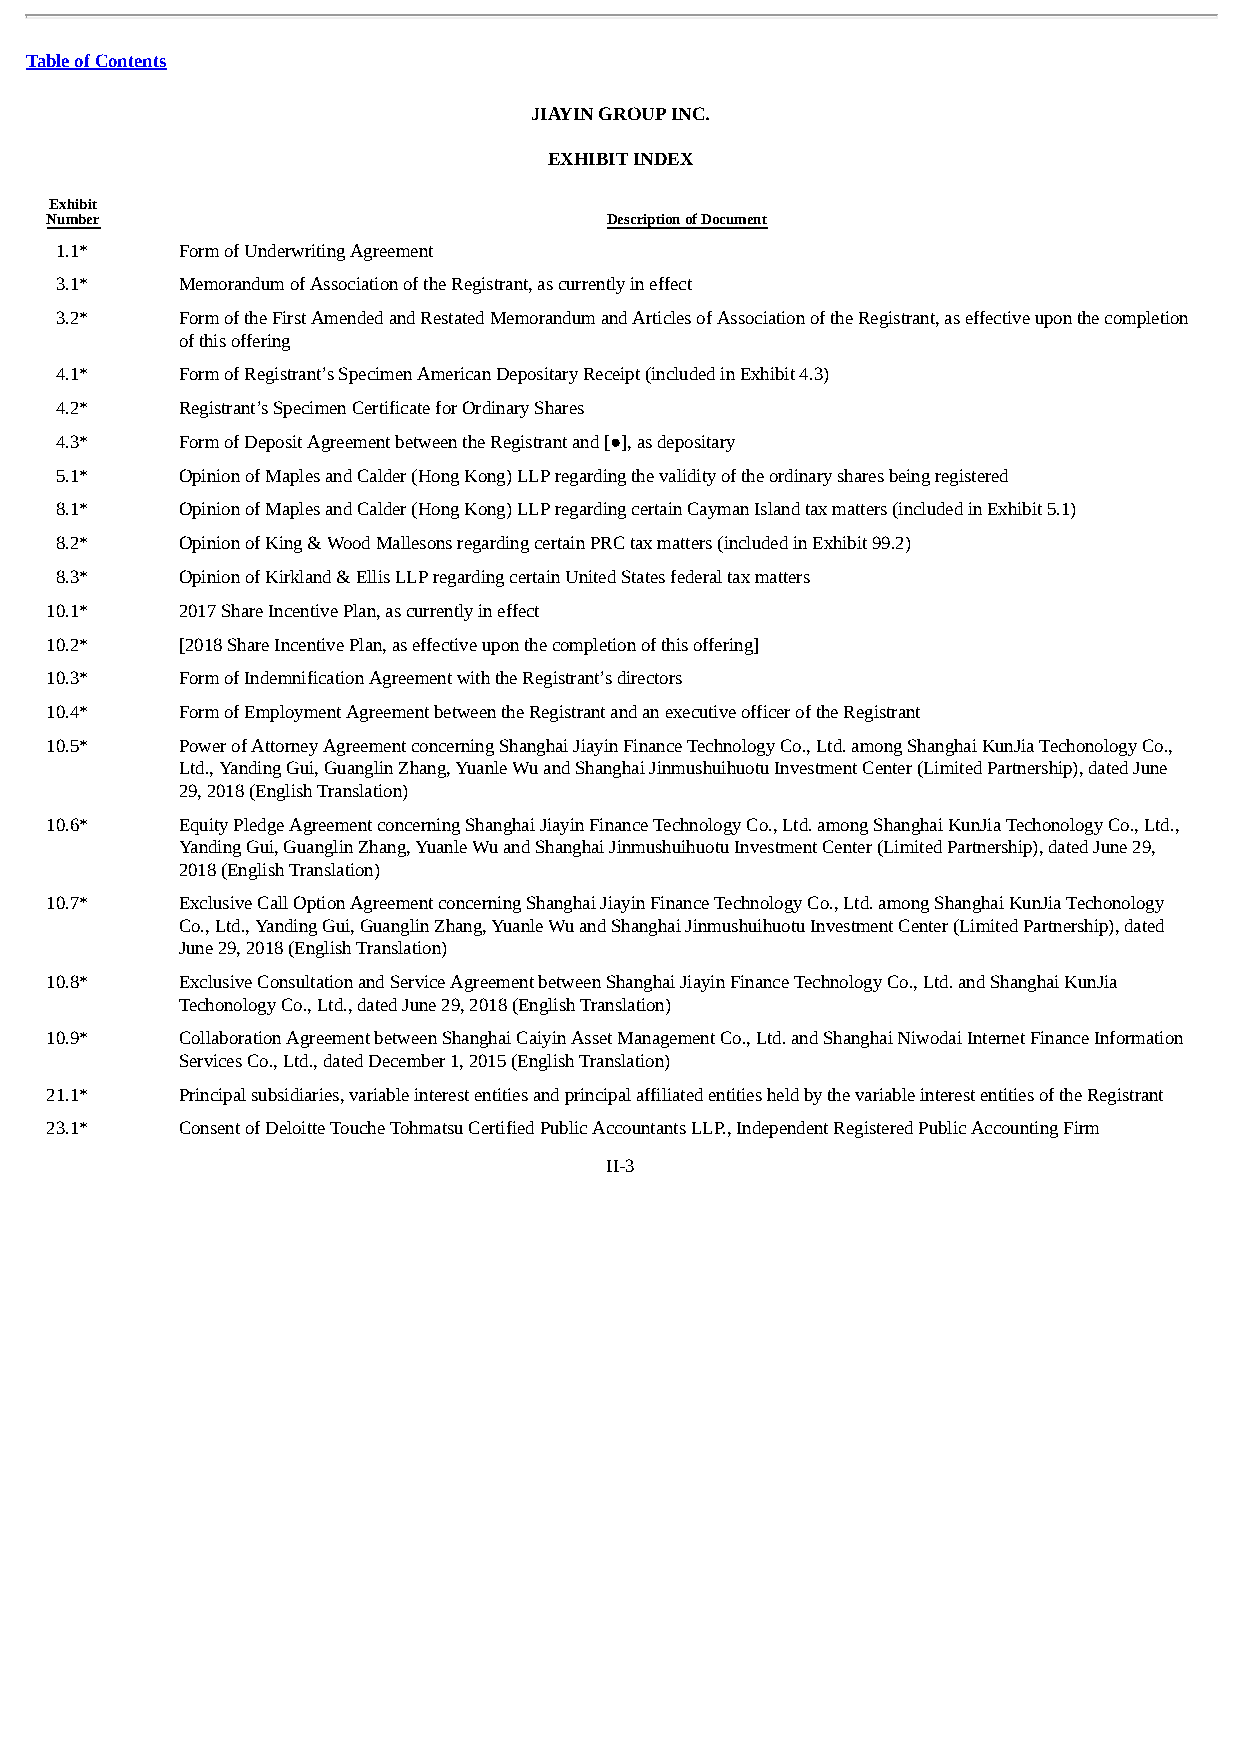
Table of Contents
 JIAYIN GROUP INC.
 EXHIBIT INDEX
 Exhibit
 Number                               Description of Document
 1.1*    Form of Underwriting Agreement
 3.1*    Memorandum of Association of the Registrant, as currently in effect
 3.2*    Form of the First Amended and Restated Memorandum and Articles of Association of the Registrant, as effective upon the completion
 of this offering
 4.1*    Form of Registrant’s Specimen American Depositary Receipt (included in Exhibit 4.3)
 4.2*    Registrant’s Specimen Certificate for Ordinary Shares
 4.3*    Form of Deposit Agreement between the Registrant and [●], as depositary
 5.1*    Opinion of Maples and Calder (Hong Kong) LLP regarding the validity of the ordinary shares being registered
 8.1*    Opinion of Maples and Calder (Hong Kong) LLP regarding certain Cayman Island tax matters (included in Exhibit 5.1)
 8.2*    Opinion of King & Wood Mallesons regarding certain PRC tax matters (included in Exhibit 99.2)
 8.3*    Opinion of Kirkland & Ellis LLP regarding certain United States federal tax matters
 10.1*    2017 Share Incentive Plan, as currently in effect
 10.2*    [2018 Share Incentive Plan, as effective upon the completion of this offering]
 10.3*    Form of Indemnification Agreement with the Registrant’s directors
 10.4*    Form of Employment Agreement between the Registrant and an executive officer of the Registrant
 10.5*    Power of Attorney Agreement concerning Shanghai Jiayin Finance Technology Co., Ltd. among Shanghai KunJia Techonology Co.,
 Ltd., Yanding Gui, Guanglin Zhang, Yuanle Wu and Shanghai Jinmushuihuotu Investment Center (Limited Partnership), dated June
 29, 2018 (English Translation)
 10.6*    Equity Pledge Agreement concerning Shanghai Jiayin Finance Technology Co., Ltd. among Shanghai KunJia Techonology Co., Ltd.,
 Yanding Gui, Guanglin Zhang, Yuanle Wu and Shanghai Jinmushuihuotu Investment Center (Limited Partnership), dated June 29,
 2018 (English Translation)
 10.7*    Exclusive Call Option Agreement concerning Shanghai Jiayin Finance Technology Co., Ltd. among Shanghai KunJia Techonology
 Co., Ltd., Yanding Gui, Guanglin Zhang, Yuanle Wu and Shanghai Jinmushuihuotu Investment Center (Limited Partnership), dated
 June 29, 2018 (English Translation)
 10.8*    Exclusive Consultation and Service Agreement between Shanghai Jiayin Finance Technology Co., Ltd. and Shanghai KunJia
 Techonology Co., Ltd., dated June 29, 2018 (English Translation)
 10.9*    Collaboration Agreement between Shanghai Caiyin Asset Management Co., Ltd. and Shanghai Niwodai Internet Finance Information
 Services Co., Ltd., dated December 1, 2015 (English Translation)
 21.1*    Principal subsidiaries, variable interest entities and principal affiliated entities held by the variable interest entities of the Registrant
 23.1*    Consent of Deloitte Touche Tohmatsu Certified Public Accountants LLP., Independent Registered Public Accounting Firm
 II-3